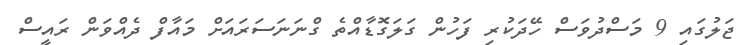
ޖަލުގައި 9 މަސްދުވަސް ހޭދަކުރި ފަހުން ގަލަގޮޑާއްތެ ގްނަނަސަރައަށް މައާފް ދެއްވަން ރައީސް